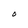
Character: O